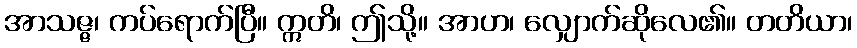
အာသဇ္ဇ၊ ကပ်ရောက်ပြီ။ ဣတိ၊ ဤသို့။ အာဟ၊ လျှောက်ဆိုလေ၏။ တတိယာ၊